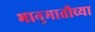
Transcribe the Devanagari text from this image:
भानुमातीच्या